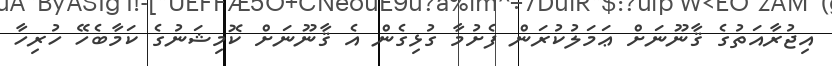
އިޖުރާއަތުގެ ޤާނޫނަށް ޢަމަލުކުރަން ފެށުމާ ގުޅިގެން އެ ޤާނޫނަށް ކޮމިޝަނުގެ ކަމާބެހޭ ހުރިހާ